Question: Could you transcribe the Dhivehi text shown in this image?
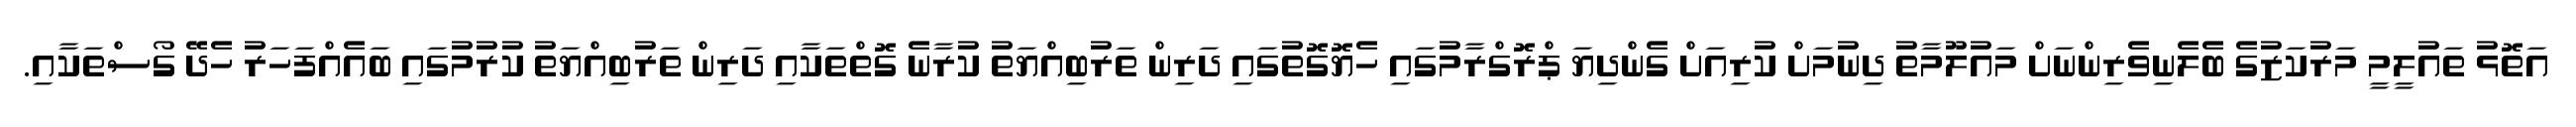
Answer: އަތޮޅު ތައުލީމީ މަރުކަޒުގެ ބެލެނިވެރިންނަށް މައުލޫމާތު ދިނުމަށް ކުރިއަށް ގެންދިޔަ ޕްރޮގްރާމުގައި ހެޔޮގޮތުގައި ދަރިން ތަރުބިއްޔަތު ކުރާނެ ގޮތްތަކާއި ދަރިން ތަރުބިއްޔަތު ކުރުމުގައި ބައެއްފަހަރު ހެދޭ ގޯސްތަކާއި.